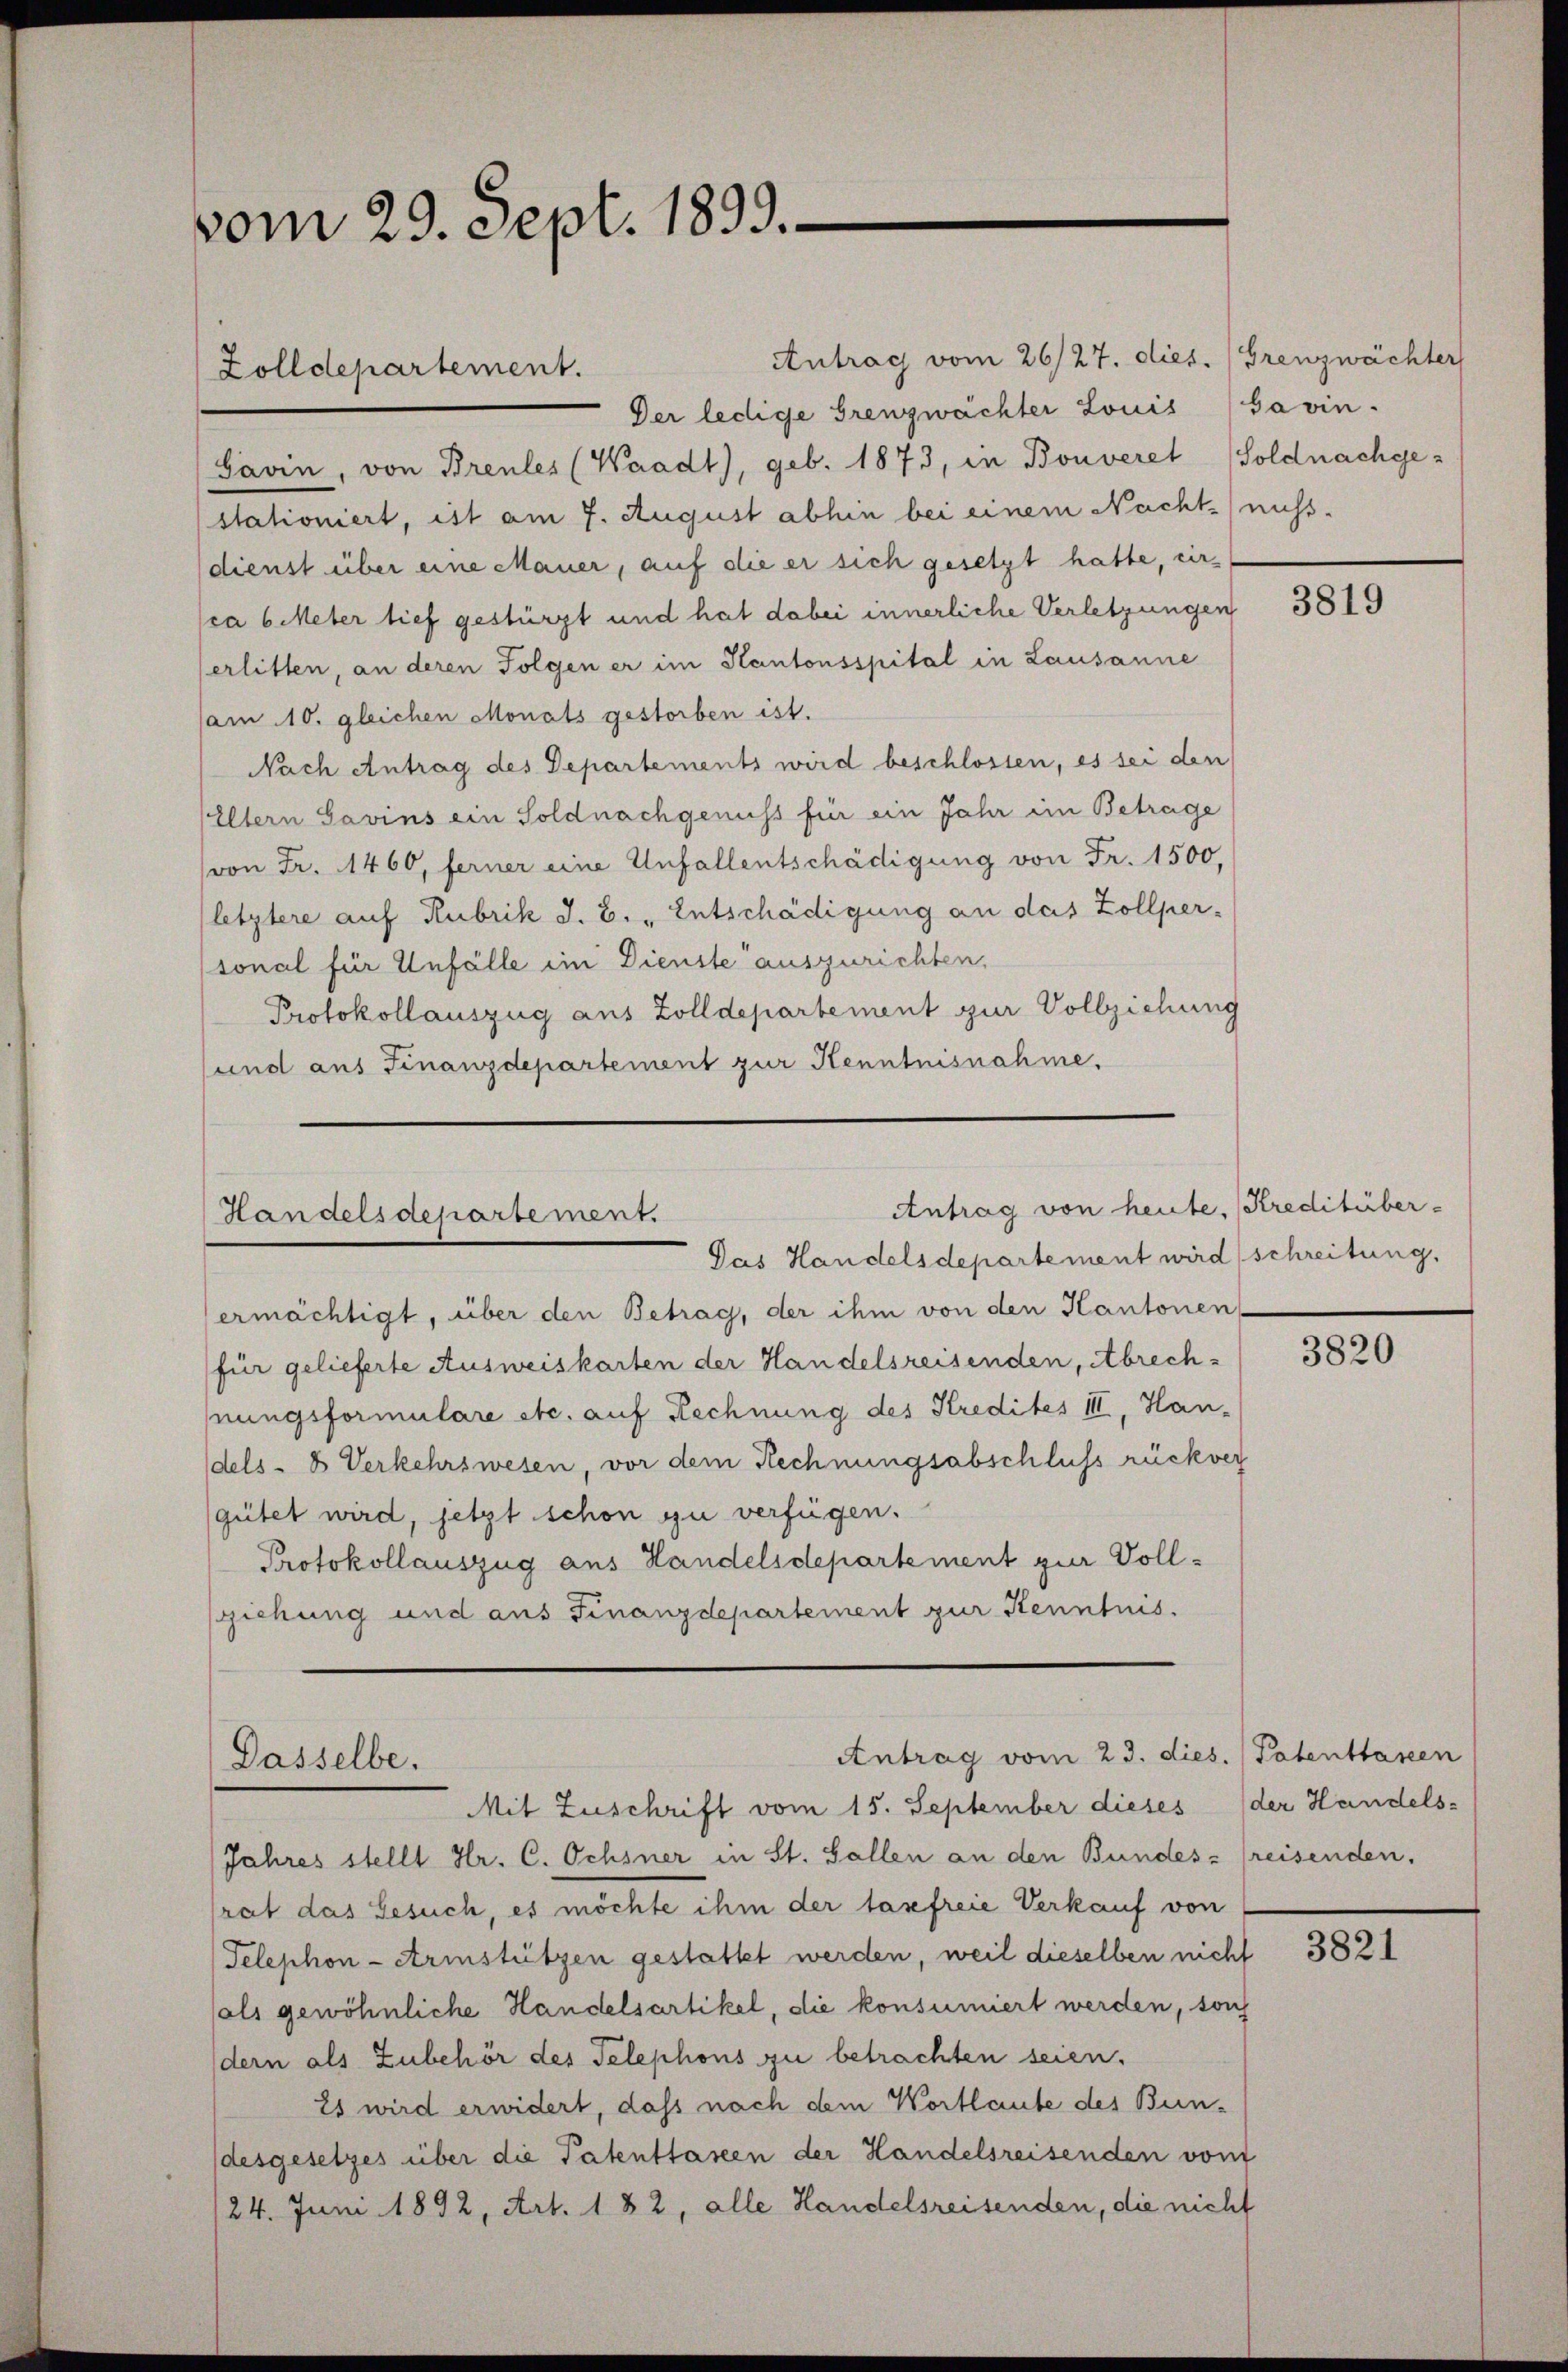
vom 29. Sept. 1899.

stationiert, ist am 7. August abhin bei einem Nacht nicht-
dienst über eine Mauer, auf die er sich gesetzt hatte, einca 6 Meter tief gestürzt und hat dabei innerliche Verletzungen
erlitten, an deren Folgen er im Kantonsspital in Lausanne
am 10. gleichen Monats gestorben ist.
Nach Antrag des Departements wird beschlossen, es sei den
Eltern Savins ein Soldnachgenuss für ein Jahr im Betrage
(von Fr. 1460, ferner eine Unfallentschädigung von Fr. 1500,
letztere auf Rubrik J. B. „Entschädigung an das Zollper-
sonal für Unfälle im Dienste auszurichten,
Protokollauszug aus Zolldepartement zur Vollziehung
und aus Finanzdepartement zur Kenntnisnahme.

Zolldepartement.

Antrag vom 26/27. dies. (Grenzwächter
Der ledige Grenzwachter Louis (Gavin.
Garin, von Brentes (Waadt, geb. 1873, in Bonveret Soldnachge-

Handelsdepartement.
Das Handelsdepartement wird schreitung.

ermächtigt, über den Betrag, der ihm von den Kantonen
für gelieferte Ausweiskarten der Handelsreisenden, Abrechnungsformulare etc. auf Rechnung des Kredites III, Handels- & Verkehrswesen, vor dem Rechnungsabschluss rückver
(gütet wird, jetzt schon zu verfügen.
Protokollauszug aus Handelsdepartement zur Vollziehung und aus Finanzdepartement zur Kenntnis.

Antrag vom 23. dies. Patentlassen
Dasselbe.
Mit Zuschrift vom 15. September dieses

Antrag von heute, Kreditüber-

Jahres stellt Hr. C. Ochsner in St. Gallen an den Bundes freisenden.
rat das Gesuch, es möchte ihm der tasfreie Verkauf von
Telephon-Arinstützen gestattet werden, weil dieselben nicht
sals gewöhnliche Handelsartikel, die konsumiert werden, so
dern als Zubehör des Telephons zu betrachten seien.
21 wird erwidert, dass nach dem Wortlaute des Bundesgesetzes über die Patenttassen der Handelsreisenden von
24. Juni 1892, Art. 182, alle Handelsreisenden, die nicht

3819

3820

der Handels-

3821